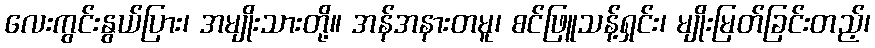
လေးကွင်းနွယ်ပြား၊ အမျိုးသားတို့။ အန်အနားတမူ၊ စင်ဖြူသန့်ရှင်း၊ မျိုးမြတ်ခြင်းတည့်၊